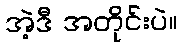
အဲ့ဒီ အတိုင်းပဲ။